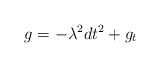
\begin{align*}g_{} = -\lambda^2 dt^2 + g_t \end{align*}